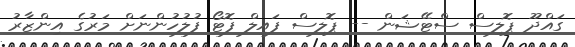
ގައްދޫ ޕޮލިސް ސްޓޭޝަން -- ޕޮލިސް ފައިލް ފޮޓޯ ފުލުހުންނަށް މަރުގެ އިންޒާރު